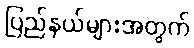
ပြည်နယ်များအတွက်